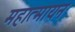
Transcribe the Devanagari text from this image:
महात्मायन